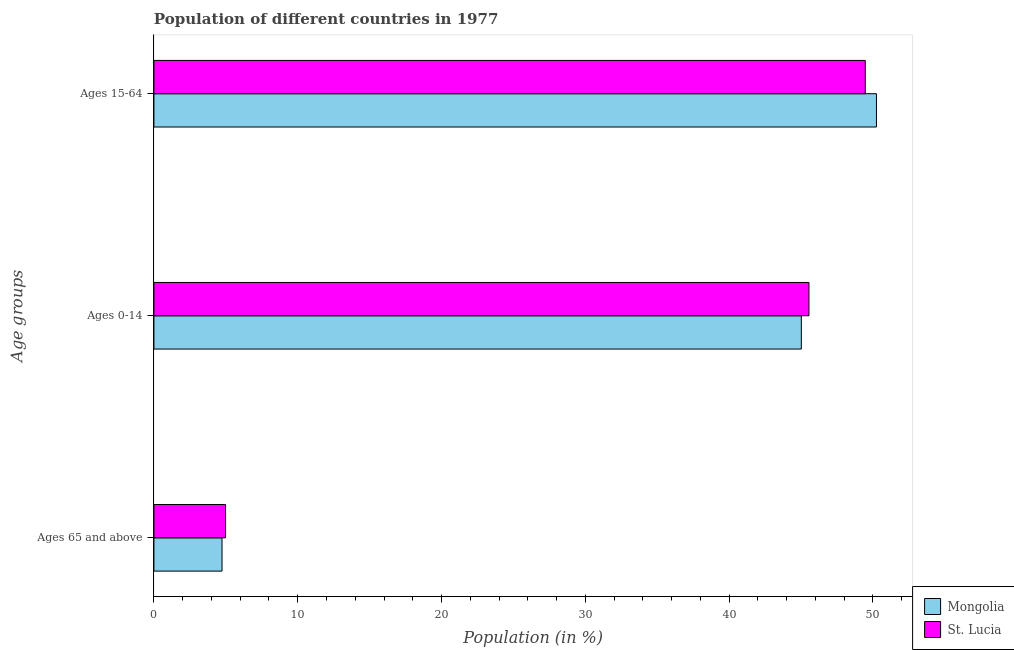
| Age groups | Mongolia | St. Lucia |
 | --- | --- | --- |
 | Ages 65 and above | 4.74 | 4.98 |
 | Ages 0-14 | 45 | 45.6 |
 | Ages 15-64 | 50.2 | 49.5 |